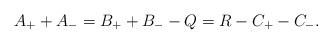
LaTeX: \begin{align*}A_{+}+A_{-}=B_{+}+B_{-}-Q=R-C_{+}-C_{-}.\end{align*}